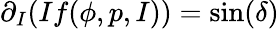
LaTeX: \partial_{I}(If(\phi,p,I))=\sin(\delta)